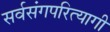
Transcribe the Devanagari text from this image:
सर्वसंगपरित्यागी